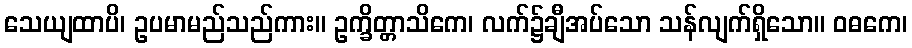
သေယျထာပိ၊ ဥပမာမည်သည်ကား။ ဥက္ခိတ္တာသိကေ၊ လက်၌ချီအပ်သော သန်လျက်ရှိသော။ ဝဓကေ၊